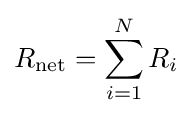
R_{\mathrm {net} }=\sum _{i=1}^{N}R_{i}\,\!